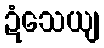
ဍံသေယျ